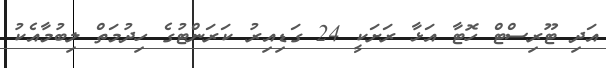
އަދި ޓޫރިސްޓް ހޮޓާ އަޅާ ރަށަކީ 24 ގަޑިއިރު ކަރަންޓުގެ ހިދުމަތް ލިބުމާއެކު